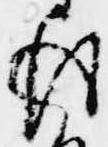
後